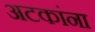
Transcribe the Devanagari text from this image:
अटकांना